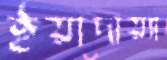
ইয়াদায়্যা